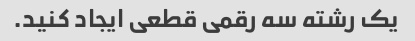
یک رشته سه رقمی قطعی ایجاد کنید.